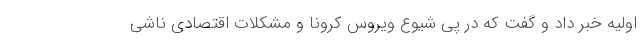
اولیه خبر داد و گفت که در پی شیوع ویروس کرونا و مشکلات اقتصادی ناشی